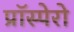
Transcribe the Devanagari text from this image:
प्रॉस्पेरो